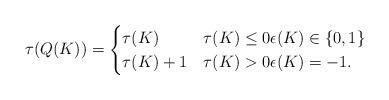
LaTeX: \begin{align*} \tau(Q(K)) =\begin{cases}\tau(K) & \tau(K) \le 0 \epsilon(K) \in \{0,1\} \\\tau(K)+1 & \tau(K) > 0 \epsilon(K) = -1.\end{cases}\end{align*}